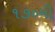
૧૭૦મી